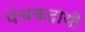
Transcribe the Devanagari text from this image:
पंचकदायी